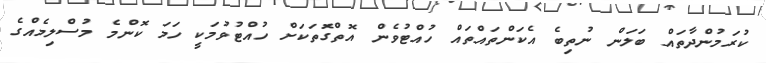
ކުރަމުންދާތައް ބަލަން ނުތިބެ އެކަންތައްތައް ހުއްޓުވެން އޮތްގަޮތަކަށް ހުއްޓުވުމަކީ ހަމަ ކޮންމެ މުސްލިމެއްގެ